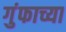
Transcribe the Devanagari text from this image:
गुंफाच्या